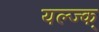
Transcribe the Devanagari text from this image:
यल्ज्क्